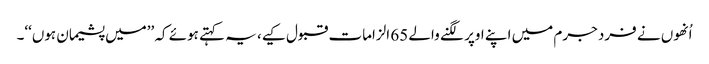
اُنھوں نے فرد جرم میں اپنے اوپر لگنے والے 65 الزامات قبول کیے، یہ کہتے ہوئے کہ ’’میں پشیمان ہوں‘‘۔